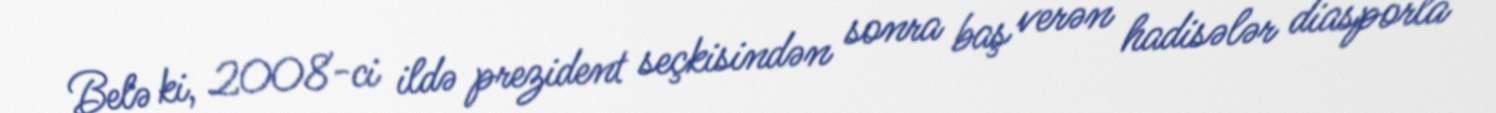
Belə ki, 2008-ci ildə prezident seçkisindən sonra baş verən hadisələr diasporla